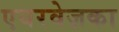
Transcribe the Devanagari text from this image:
एयरवेज़का